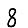
Digit: 8